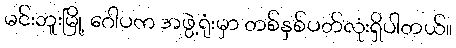
မင်းဘူးမြို့ ဂေါပက အဖွဲ့ရုံးမှာ တစ်နှစ်ပတ်လုံးရှိပါတယ်။